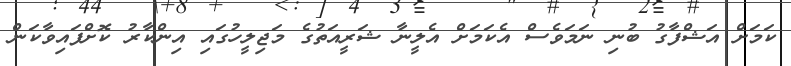
ކަމަށް އަޝްފާގު ބުނި ނަމަވެސް އެކަމަށް އެލީނާ ޝަރީއަތުގެ މަޖިލީހުގައި އިންކާރު ކޮށްފައިވާކަން